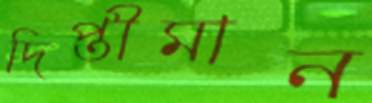
দিপ্তীমান